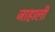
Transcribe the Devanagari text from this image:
जाहाली